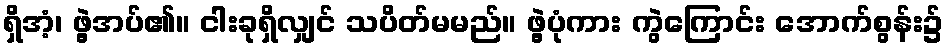
ရှိအံ့၊ ဖွဲ့အပ်၏။ ငါးခုရှိလျှင် သပိတ်မမည်။ ဖွဲ့ပုံကား ကွဲကြောင်း အောက်စွန်း၌